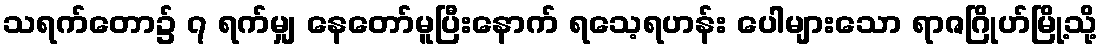
သရက်တော၌ ၇ ရက်မျှ နေတော်မူပြီးနောက် ရသေ့ရဟန်း ပေါများသော ရာဇဂြိုဟ်မြို့သို့